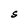
Character: S